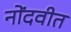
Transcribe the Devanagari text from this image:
नोंदवीत